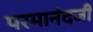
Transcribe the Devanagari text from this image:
परमानंदजी